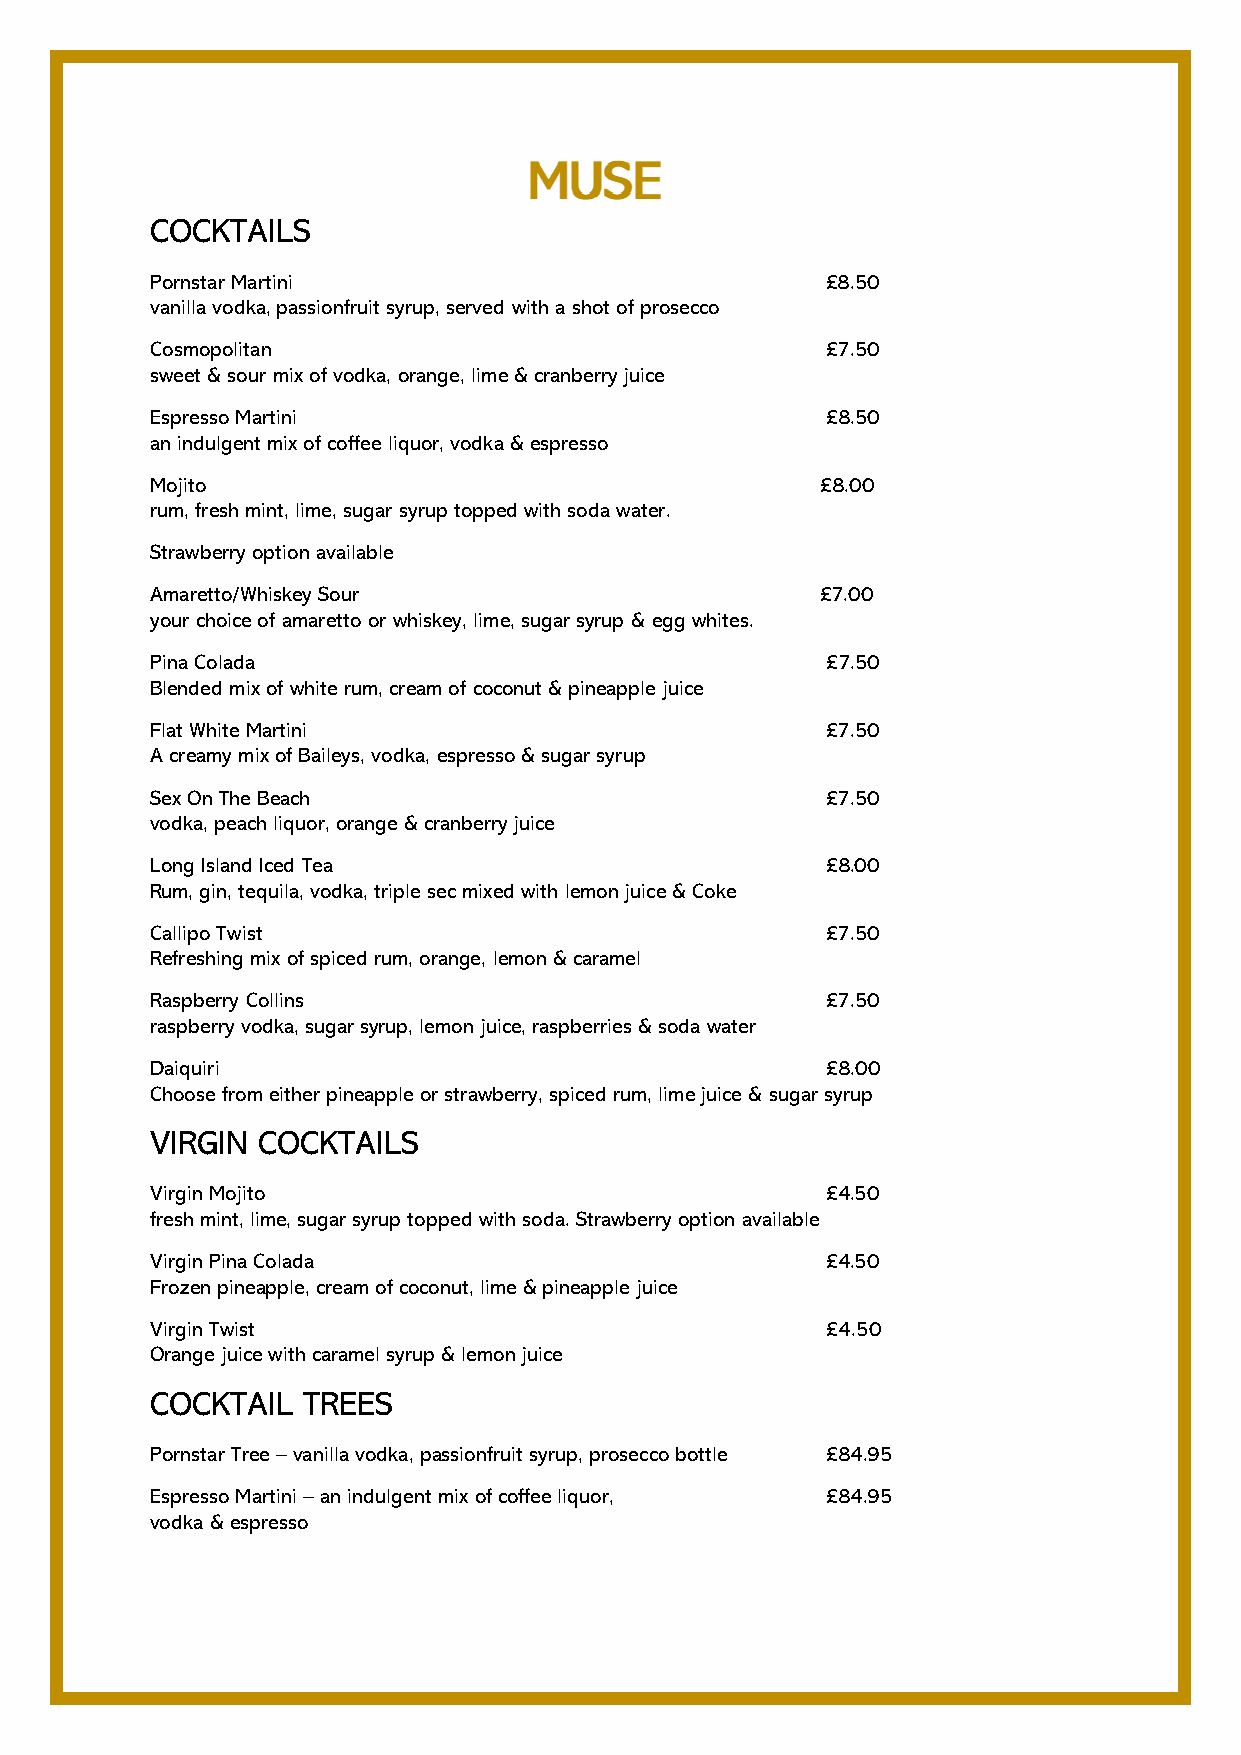
COCKTAILS
 Pornstar Martini                             £8.50
 vanilla vodka, passionfruit syrup, served with a shot of prosecco
 Cosmopolitan                                 £7.50
 sweet & sour mix of vodka, orange, lime & cranberry juice
 Espresso Martini                             £8.50
 an indulgent mix of coffee liquor, vodka & espresso
 Mojito                                      £8.00
 rum, fresh mint, lime, sugar syrup topped with soda water.
 Strawberry option available
 Amaretto/Whiskey Sour                       £7.00
 your choice of amaretto or whiskey, lime, sugar syrup & egg whites.
 Pina Colada                                  £7.50
 Blended mix of white rum, cream of coconut & pineapple juice
 Flat White Martini                           £7.50
 A creamy mix of Baileys, vodka, espresso & sugar syrup
 Sex On The Beach                             £7.50
 vodka, peach liquor, orange & cranberry juice
 Long Island Iced Tea                         £8.00
 Rum, gin, tequila, vodka, triple sec mixed with lemon juice & Coke
 Callipo Twist                                £7.50
 Refreshing mix of spiced rum, orange, lemon & caramel
 Raspberry Collins                            £7.50
 raspberry vodka, sugar syrup, lemon juice, raspberries & soda water
 Daiquiri                                     £8.00
 Choose from either pineapple or strawberry, spiced rum, lime juice & sugar syrup
 VIRGIN COCKTAILS
 Virgin Mojito                                £4.50
 fresh mint, lime, sugar syrup topped with soda. Strawberry option available
 Virgin Pina Colada                           £4.50
 Frozen pineapple, cream of coconut, lime & pineapple juice
 Virgin Twist                                 £4.50
 Orange juice with caramel syrup & lemon juice
 COCKTAIL  TREES
 Pornstar Tree – vanilla vodka, passionfruit syrup, prosecco bottle £84.95
 Espresso Martini – an indulgent mix of coffee liquor, £84.95
 vodka & espresso